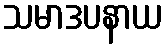
သမာဒပနာယ